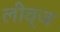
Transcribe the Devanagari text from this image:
लीव्ज